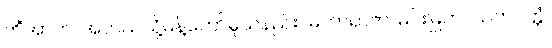
ကိံအာဟ၊ အဘယ်သို့မိန့်တော်မူသနည်း။ မဟာရာဇာ၊ မင်းမြတ်။ သတပတ္တံ၊